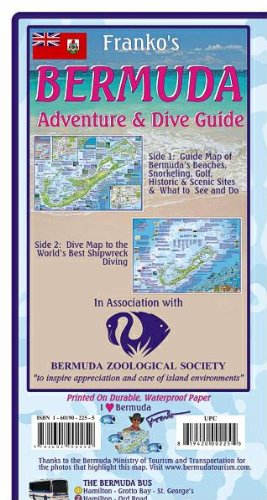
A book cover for Bermuda Adventure & Dive Guide Franko Maps Waterproof Map; Franko Maps Ltd.; Travel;